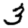
Digit: 3